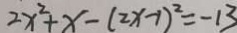
2 x ^ { 2 } + x - ( 2 x - 1 ) ^ { 2 } = - 1 3